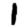
Digit: 1